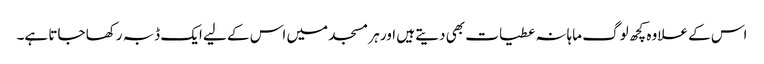
اس کے علاوہ کچھ لوگ ماہانہ عطیات بھی دیتے ہیں اور ہر مسجد میں اس کے لیے ایک ڈبہ رکھا جاتا ہے۔